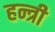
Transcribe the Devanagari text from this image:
हन्त्री